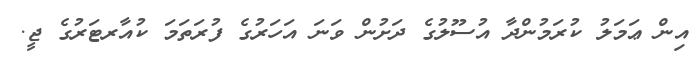
އިން ޢަމަލު ކުރަމުންދާ އުސޫލުގެ ދަށުން ވަނަ އަހަރުގެ ފުރަތަމަ ކުއާރޓަރުގެ ޖީ.